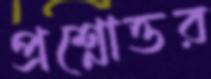
প্রশ্নোত্তর